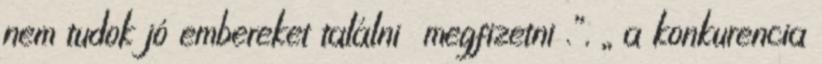
nem tudok jó embereket találni megfizetni .”, „ a konkurencia